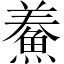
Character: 鯗